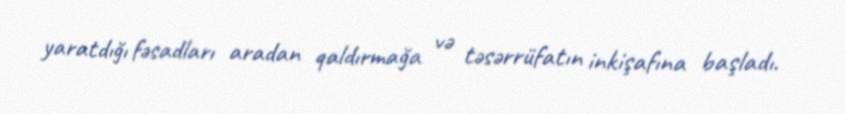
yaratdığı fəsadları aradan qaldırmağa və təsərrüfatın inkişafına başladı.